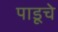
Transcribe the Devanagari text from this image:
पाडूचे